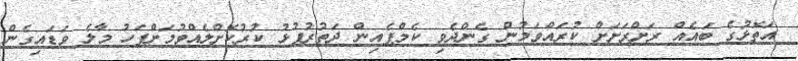
އަތޮޅުގެ ބައެއް ރަށްރަށަށް ކުރައްވަމުން ގެންދެވި ކެމްޕެއިން ދަތުރުފުޅު ކުރުކޮށްލެއްވުމަށްފަހު މާލެ ވަޑައިގެން